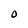
Character: O